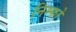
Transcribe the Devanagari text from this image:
निम्फो